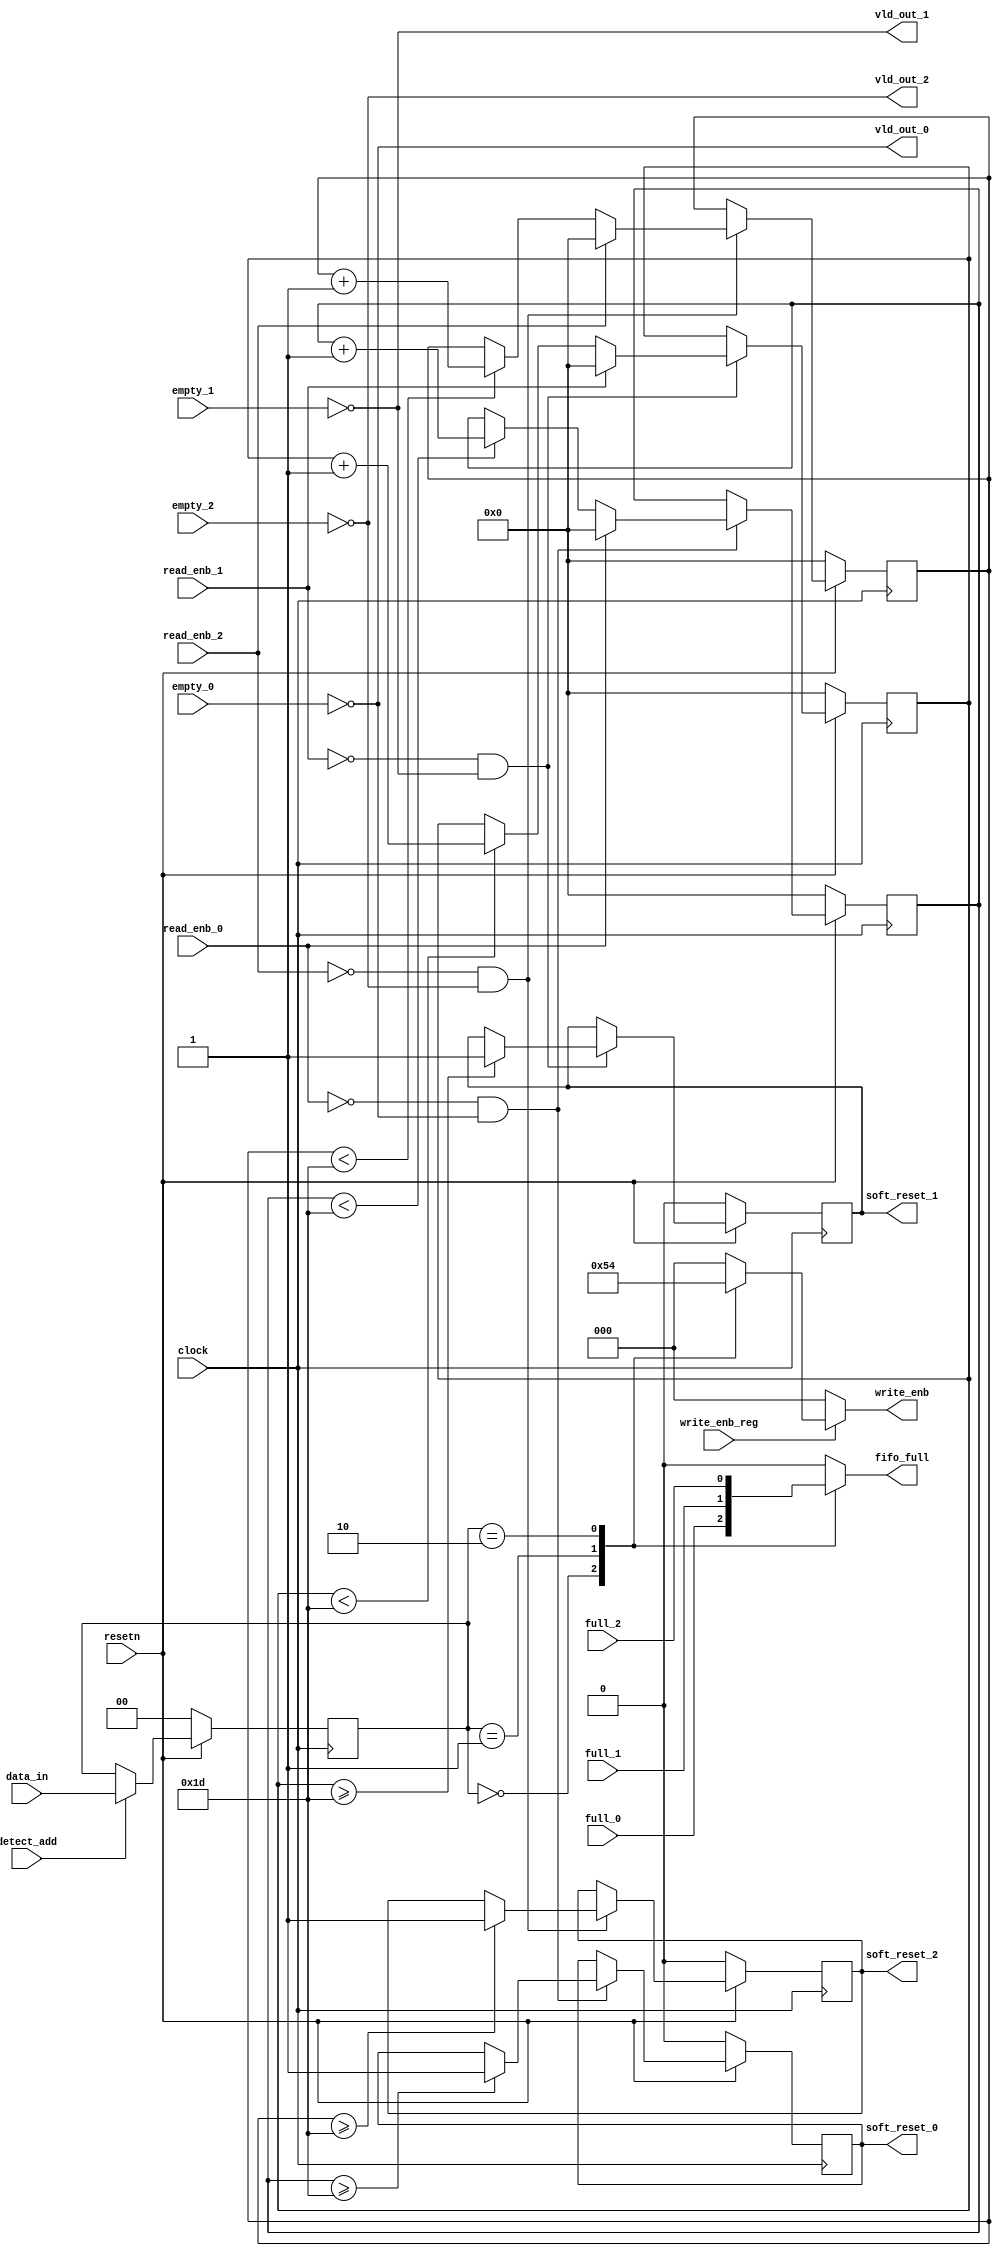




module sync(clock,resetn,data_in,detect_add,full_0,full_1,full_2,empty_0,empty_1,empty_2,write_enb_reg,read_enb_0,read_enb_1,read_enb_2,vld_out_0,vld_out_1,vld_out_2,fifo_full,soft_reset_0,soft_reset_1,soft_reset_2,write_enb);

input clock,resetn,detect_add,full_0,full_1,full_2,empty_0,empty_1,empty_2,write_enb_reg,read_enb_0,read_enb_1,read_enb_2;

output vld_out_0,vld_out_1,vld_out_2,soft_reset_0,soft_reset_1,soft_reset_2;
output reg[2:0] write_enb;
output reg fifo_full;

reg [1:0]temp;
reg [5:0]count0,count1,count2;
input [1:0]data_in;
reg soft_reset_0;
reg soft_reset_1;
reg soft_reset_2;


always@(temp or full_0 or full_1 or full_2)
begin
  case(temp)
    2'b00: fifo_full=full_0;
    2'b01: fifo_full=full_1;
    2'b10: fifo_full=full_2;
    default: fifo_full=0;
  endcase
end

always@(posedge clock)
begin
  if(!resetn)
   temp<=0;
  else if(detect_add)
    temp<=data_in;
  else
    temp<=temp;
end

always@(temp or write_enb or write_enb_reg)
begin
  if(write_enb_reg)
    begin
      case(temp)
        2'b00: write_enb=3'b001;
        2'b01: write_enb=3'b010;
        2'b10: write_enb=3'b100;
      default: write_enb=3'b000;
      endcase
    end
         else write_enb=0;
end

assign vld_out_0=~empty_0;
assign vld_out_1=~empty_1;
assign vld_out_2=~empty_2;

always@(posedge clock)
begin
  if(!resetn)
    begin
      count0<=0;
      soft_reset_0<=0;
    end
  else if(!read_enb_0 && vld_out_0)
    begin
      if(count0<29)
         count0<=count0+1;
      if(count0>=29)
         soft_reset_0<=1'b1;
      if(read_enb_0)
         count0<=0;
    end
end


always@(posedge clock)
begin
  if(!resetn)
    begin
      count1<=0;
      soft_reset_1<=0;
     end
  else if(!read_enb_1 && vld_out_1)
    begin
      if(count1<29)
         count1<=count1+1;
      if(count1>=29)
         soft_reset_1<=1'b1;
      if(read_enb_1)
         count1<=0;
    end
end

always@(posedge clock)
begin
  if(!resetn)
    begin
      count2<=0;
      soft_reset_2<=0;
     end
  else if(!read_enb_2 && vld_out_2)
    begin
      if(count2<29)
         count2<=count2+1;
      if(count2>=29)
         soft_reset_2<=1'b1;
      if(read_enb_2)
         count2<=0;
    end
end







endmodule